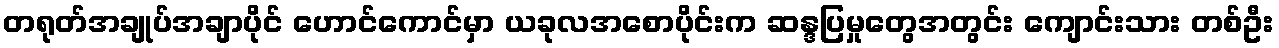
တရုတ်အချုပ်အချာပိုင် ဟောင်ကောင်မှာ ယခုလအစောပိုင်းက ဆန္ဒပြမှုတွေအတွင်း ကျောင်းသား တစ်ဦး